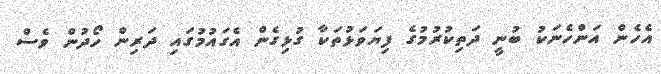
އެެހެން އަންހެނަކު ބުނީ ދަތިކުރުމުގެ ފިޔަވަޅުތަކާ ގުޅިގެން އެގައުމުގައި ދަރިން ހޯދުން ވެސް